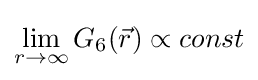
\lim _{r\to \infty }G_{6}({\vec {r}})\propto const